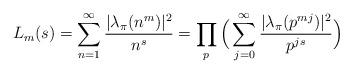
LaTeX: \begin{align*}L_m(s)=\sum_{n=1}^{\infty}\frac{|\lambda_\pi(n^m)|^2}{n^s}=\prod_{p} \Big(\sum_{j=0}^{\infty} \frac{|\lambda_\pi(p^{mj})|^2}{p^{js}} \Big)\end{align*}